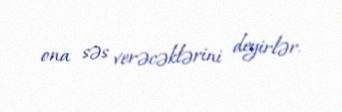
ona səs verəcəklərini deyirlər.